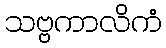
သဗ္ဗကာလိကံ